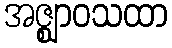
အဇ္ဈာဝသထာ